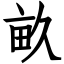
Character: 畝